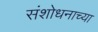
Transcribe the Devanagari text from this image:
संशोधनाच्‍या